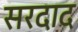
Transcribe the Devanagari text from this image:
सरदाद